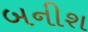
બનીશ